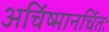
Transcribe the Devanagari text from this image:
अर्चिष्मानर्चितः